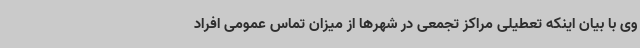
وی با بیان اینکه تعطیلی مراکز تجمعی در شهرها از میزان تماس عمومی افراد